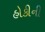
હોકીની